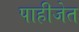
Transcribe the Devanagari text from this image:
पाहीजेत